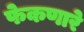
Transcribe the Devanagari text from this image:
फेकणारे